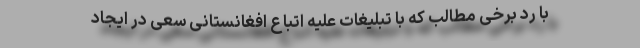
با رد برخی مطالب که با تبلیغات علیه اتباع افغانستانی سعی در ایجاد